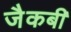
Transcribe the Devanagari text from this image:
जैकबी